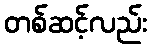
တစ်ဆင့်လည်း